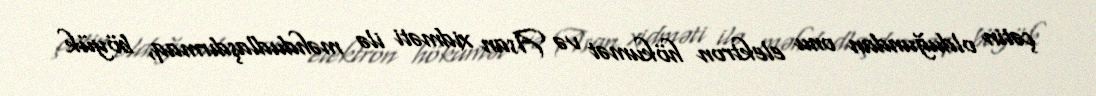
çətin olduğundan onu elektron hökumət və Asan xidməti ilə məhdudlaşdırmaq, böyük